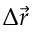
\Delta \vec { r }